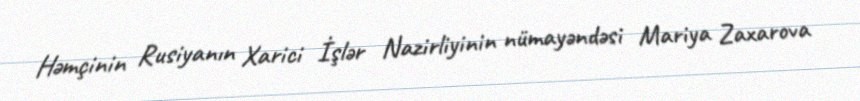
Həmçinin Rusiyanın Xarici İşlər Nazirliyinin nümayəndəsi Mariya Zaxarova